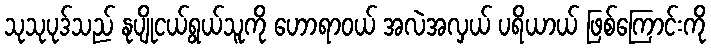
သုသုပုဒ်သည် နုပျိုငယ်ရွယ်သူကို ဟောရာဝယ် အလဲအလှယ် ပရိယာယ် ဖြစ်ကြောင်းကို